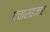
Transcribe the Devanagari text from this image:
पचासहजार